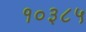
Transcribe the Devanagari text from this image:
१०३८५